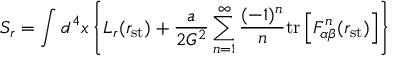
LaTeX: S _ { r } = \int d ^ { 4 } x \left\{ { \cal L } _ { r } ( r _ { \mathrm { s t } } ) + \frac { a } { 2 G ^ { 2 } } \sum _ { n = 1 } ^ { \infty } \frac { ( - 1 ) ^ { n } } { n } \mathrm { t r } \left[ F _ { \alpha \beta } ^ { n } ( r _ { \mathrm { s t } } ) \right] \right\}